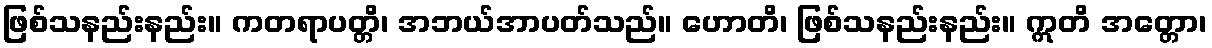
ဖြစ်သနည်းနည်း။ ကတရာပတ္တိ၊ အဘယ်အာပတ်သည်။ ဟောတိ၊ ဖြစ်သနည်းနည်း။ ဣတိ အတ္တော၊